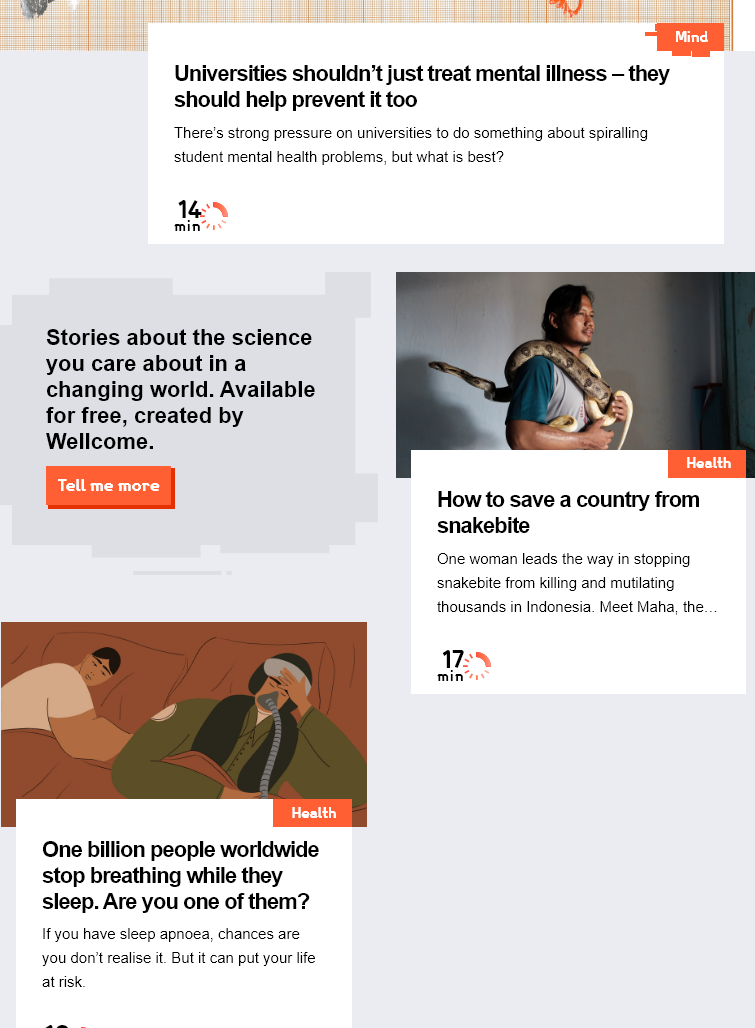
Stories   about    the   science
     you   care   about   ina
     changing    world.    Available
     for free,  created    by
     Wellcome.
     Universities    shouldn’t  just   treat mental  illness
     — they
     should   help   prevent it  too
     There's strong pressure on universities to do something about spiralling
     student mental health problems, but what is best?
     a   ary
     er
     How to   save   a country    from
     snakebite
     One woman leads the way in stopping
     snakebite from killing and mutilating
     thousands in Indonesia. Meet Maha, the
     Prey
     One billion    people   worldwide
     stop   breathing   while   they
     sleep.  Are  you   one  of  them?
     If you have sleep apnoea, chances are
     you don't realise it. But it can put your life
     at risk